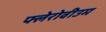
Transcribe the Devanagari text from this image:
फ्लेरोवीउम